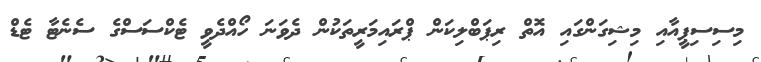
މިސިސިޕީއާއި މިޝިގަންގައި އޮތް ރިޕަބްލިކަން ޕްރައިމަރީތަކުން ދެވަނަ ހޯއްދެވީ ޓެކްސަސްގެ ސެނެޓާ ޓެޑް